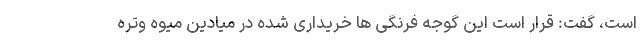
است، گفت: قرار است این گوجه فرنگی ها خریداری شده در میادین میوه وتره